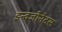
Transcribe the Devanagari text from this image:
इन्वजीनेटस